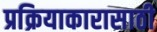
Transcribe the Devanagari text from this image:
प्रक्रियाकारासाठी